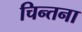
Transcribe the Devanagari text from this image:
चिन्तना